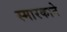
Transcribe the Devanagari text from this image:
स्मारकाने